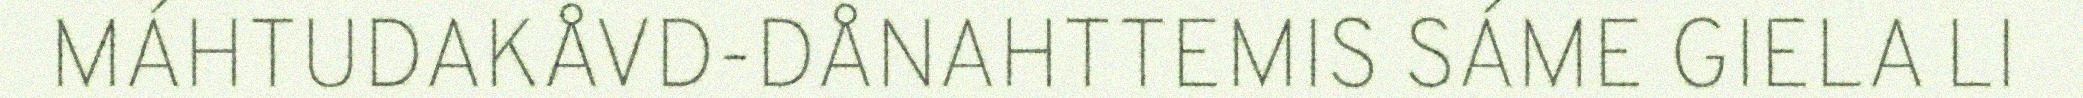
MÁHTUDAKÅVD-DÅNAHTTEMIS SÁME GIELA LI